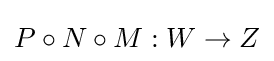
P\circ N\circ M:W\to Z